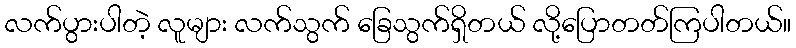
လက်ပွားပါတဲ့ လူများ လက်သွက် ခြေသွက်ရှိတယ် လို့ပြောတတ်ကြပါတယ်။